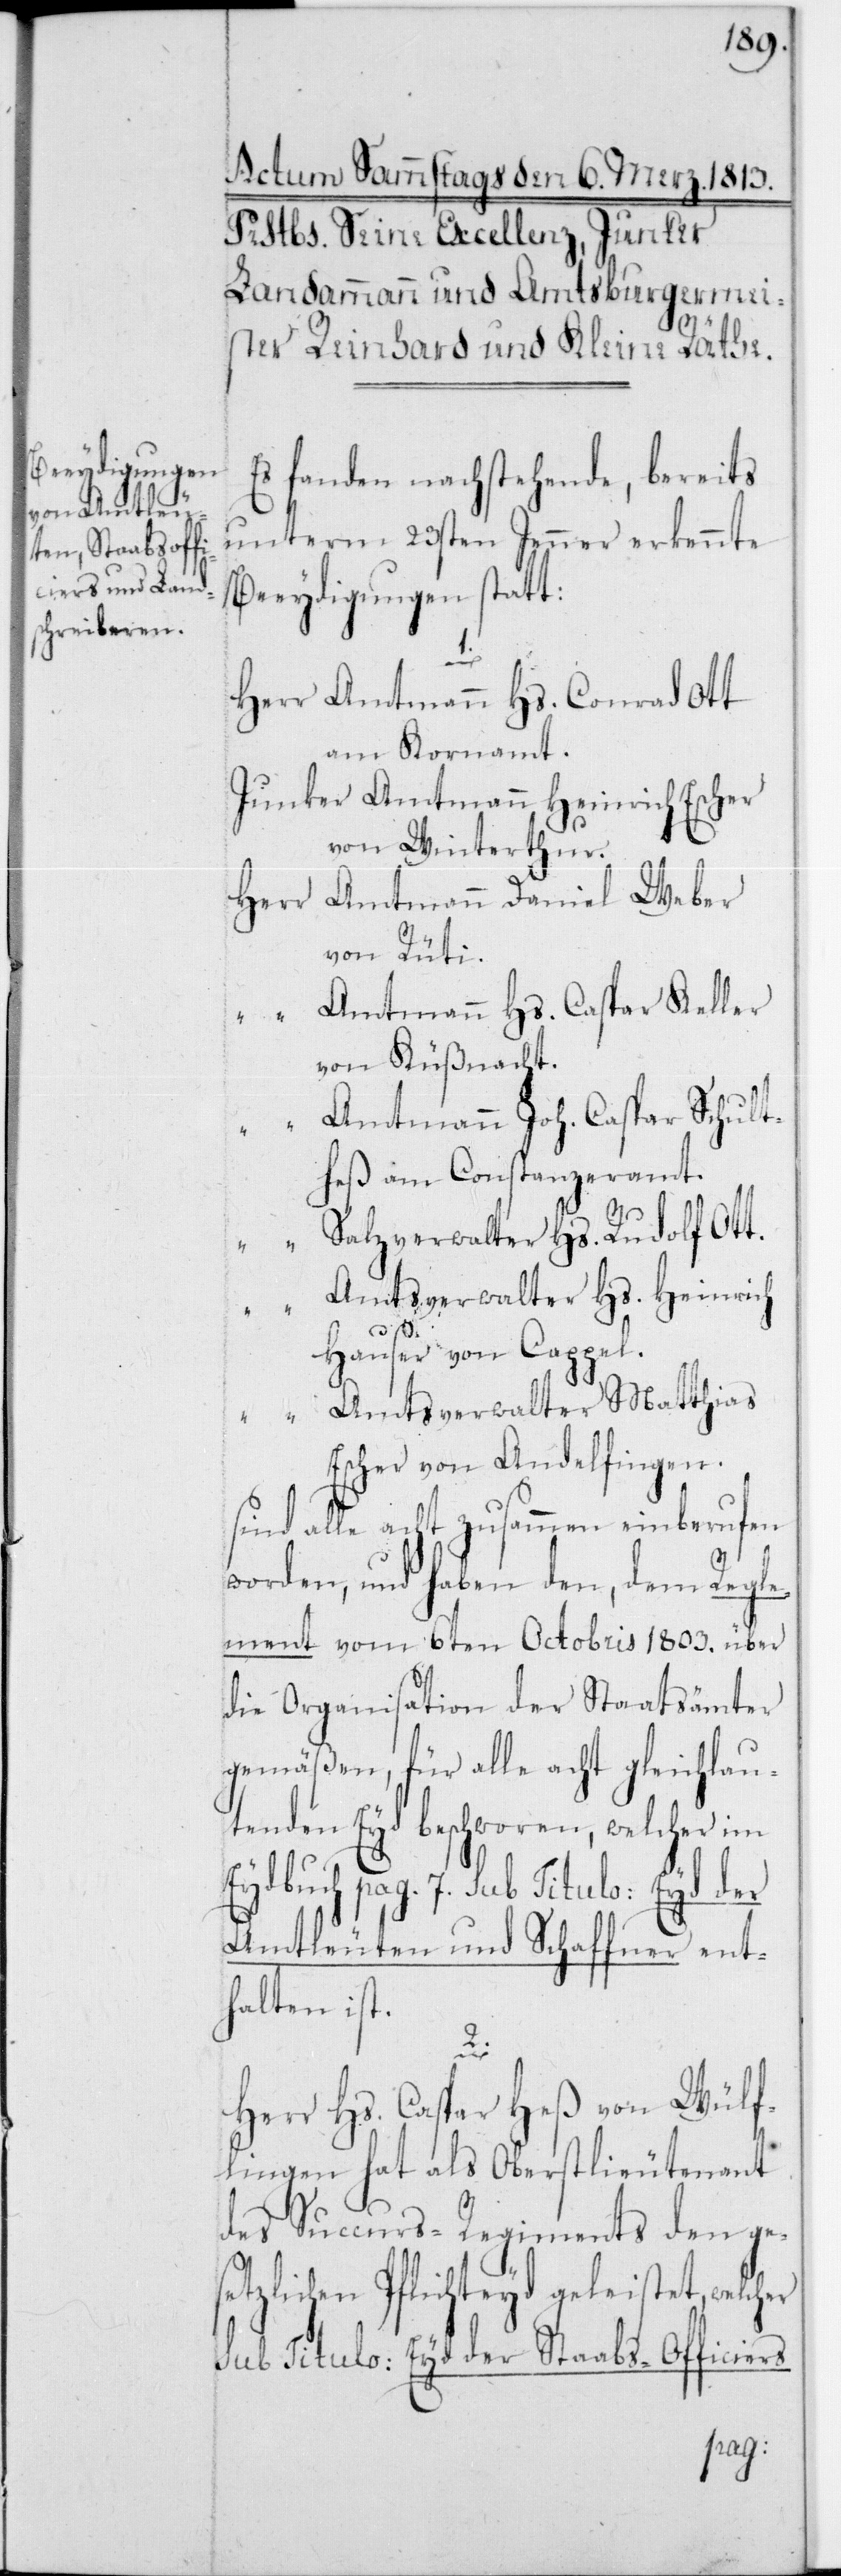
Es fanden nachstehende, bereits
unterm 23sten Jenner erkennte
Beeydigungen statt:
1.
Amtmann Hs. Conrad Ott
am Kornamt.
Amtmann Heinrich Escher
von Winterthur.
Amtmann Daniel Weber
von Rüti.
Amtmann Hs. Caspar Keller
von Küßnacht.
Amtmann Joh. Caspar Schult¬
heß am Constanzeramt.
Salzverwalter Hs. Rudolf Ott.
Amtsverwalter Hs. Heinrich
Hauser von Cappel.
Amtsverwalter Matthias
Escher von Andelfingen.
sind alle acht zusammen einberufen
worden, und haben den, dem Regle¬
ment vom 6ten Octobris 1803 über
die Organisation der Staatsämter
gemäßen, für alle acht gleichlau¬
tenden Eyd beschworen, welcher im
Eydbuch pag. 7 sub Titulo: Eyd der
Amtleuten und Schaffner ent¬
halten ist.
2.
Herr Hs. Caspar Heß von Wülf¬
lingen hat als Oberstlieutenant
des Succurs-Regiments den ges¬
etzlichen Pflichteyd geleistet, welch¬
er sub Titulo: Eyd der Staabs-Officiers